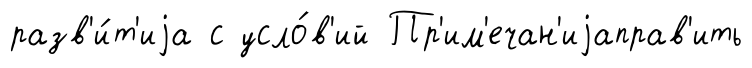
разв'и́т'иjа с усло́в'ий Пр'им'ечан'иjаправ'ить